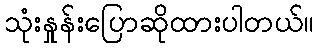
သုံးနှုန်းပြောဆိုထားပါတယ်။